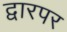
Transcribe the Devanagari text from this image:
द्वारपर